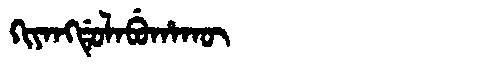
Manchu: ᡴᡳᠶᠠᠩᡩᡠᠯᠠᠪᡠᡥᠠᡴᡡ
Romanization: KIYANGDULABUHAKŪ